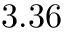
3 . 3 6